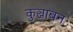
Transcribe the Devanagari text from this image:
कुञ्जाबन